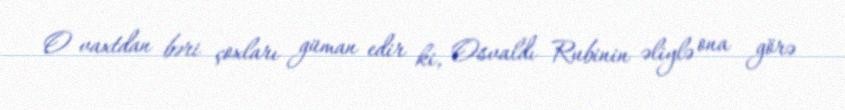
O vaxtdan bəri çoxları güman edir ki, Osvaldı Rubinin əliylə ona görə